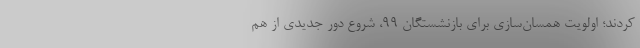
کردند؛ اولویت همسان‌سازی برای بازنشستگان ۹۹، شروع دور جدیدی از هم